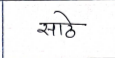
मजकूर: साठे